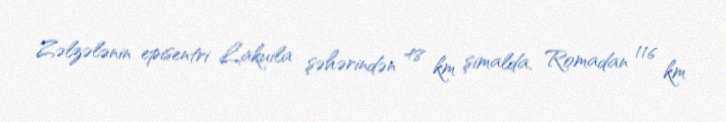
Zəlzələnin episentri Lakuila şəhərindən 48 km şimalda, Romadan 116 km